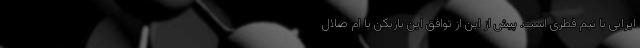
ایرانی با تیم قطری است. پیش از این از توافق این بازیکن با ام صلال